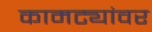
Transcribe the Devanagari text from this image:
कामट्यांवर